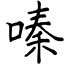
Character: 嗪